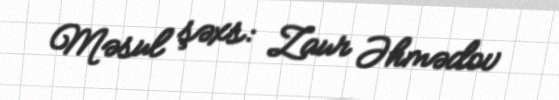
Məsul şəxs: Zaur Əhmədov